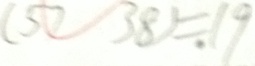
( 5 7 3 8 ) = 1 9